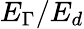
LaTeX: E_{\Gamma}/E_{d}